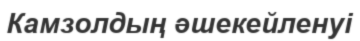
Камзолдың әшекейленуі